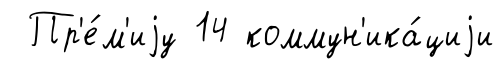
Пр'е́м'иjу 14 коммун'ика́циjи